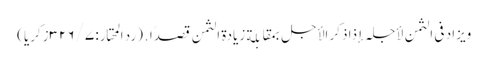
ویزاد فی الثمن لأجلہ إذا ذکر الأجل بمقابلة زیادة الثمن قصدًا․ (رد المحتار: ۷/ ۳۲۶زکریا)